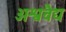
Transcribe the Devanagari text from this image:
अश्ववैद्य